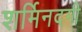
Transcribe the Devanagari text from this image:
शर्मिनदगी